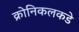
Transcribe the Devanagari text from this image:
क्रोनिकलकडे